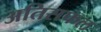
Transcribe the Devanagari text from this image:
अतिसफल